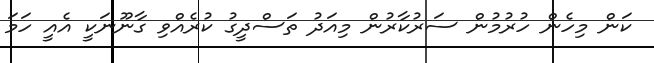
ކަން މިހެން ހުރުުމުން ސަރުކާރުން މިއަދު ތަސްދީގު ކުރެއްވި ގާނޫނަކީ އެއީ ހަމަ